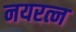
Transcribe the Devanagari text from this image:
नयरत्न